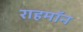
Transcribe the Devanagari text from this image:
राहमॉन